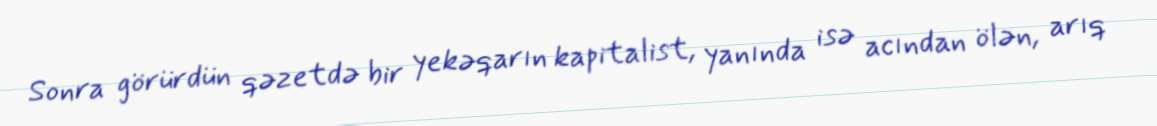
Sonra görürdün qəzetdə bir yekəqarın kapitalist, yanında isə acından ölən, arıq